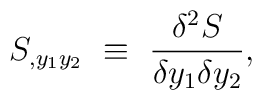
S_{,y_1y_2}~\equiv~{\delta^2 S \over \delta y_1 \delta y_2},